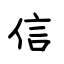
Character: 信